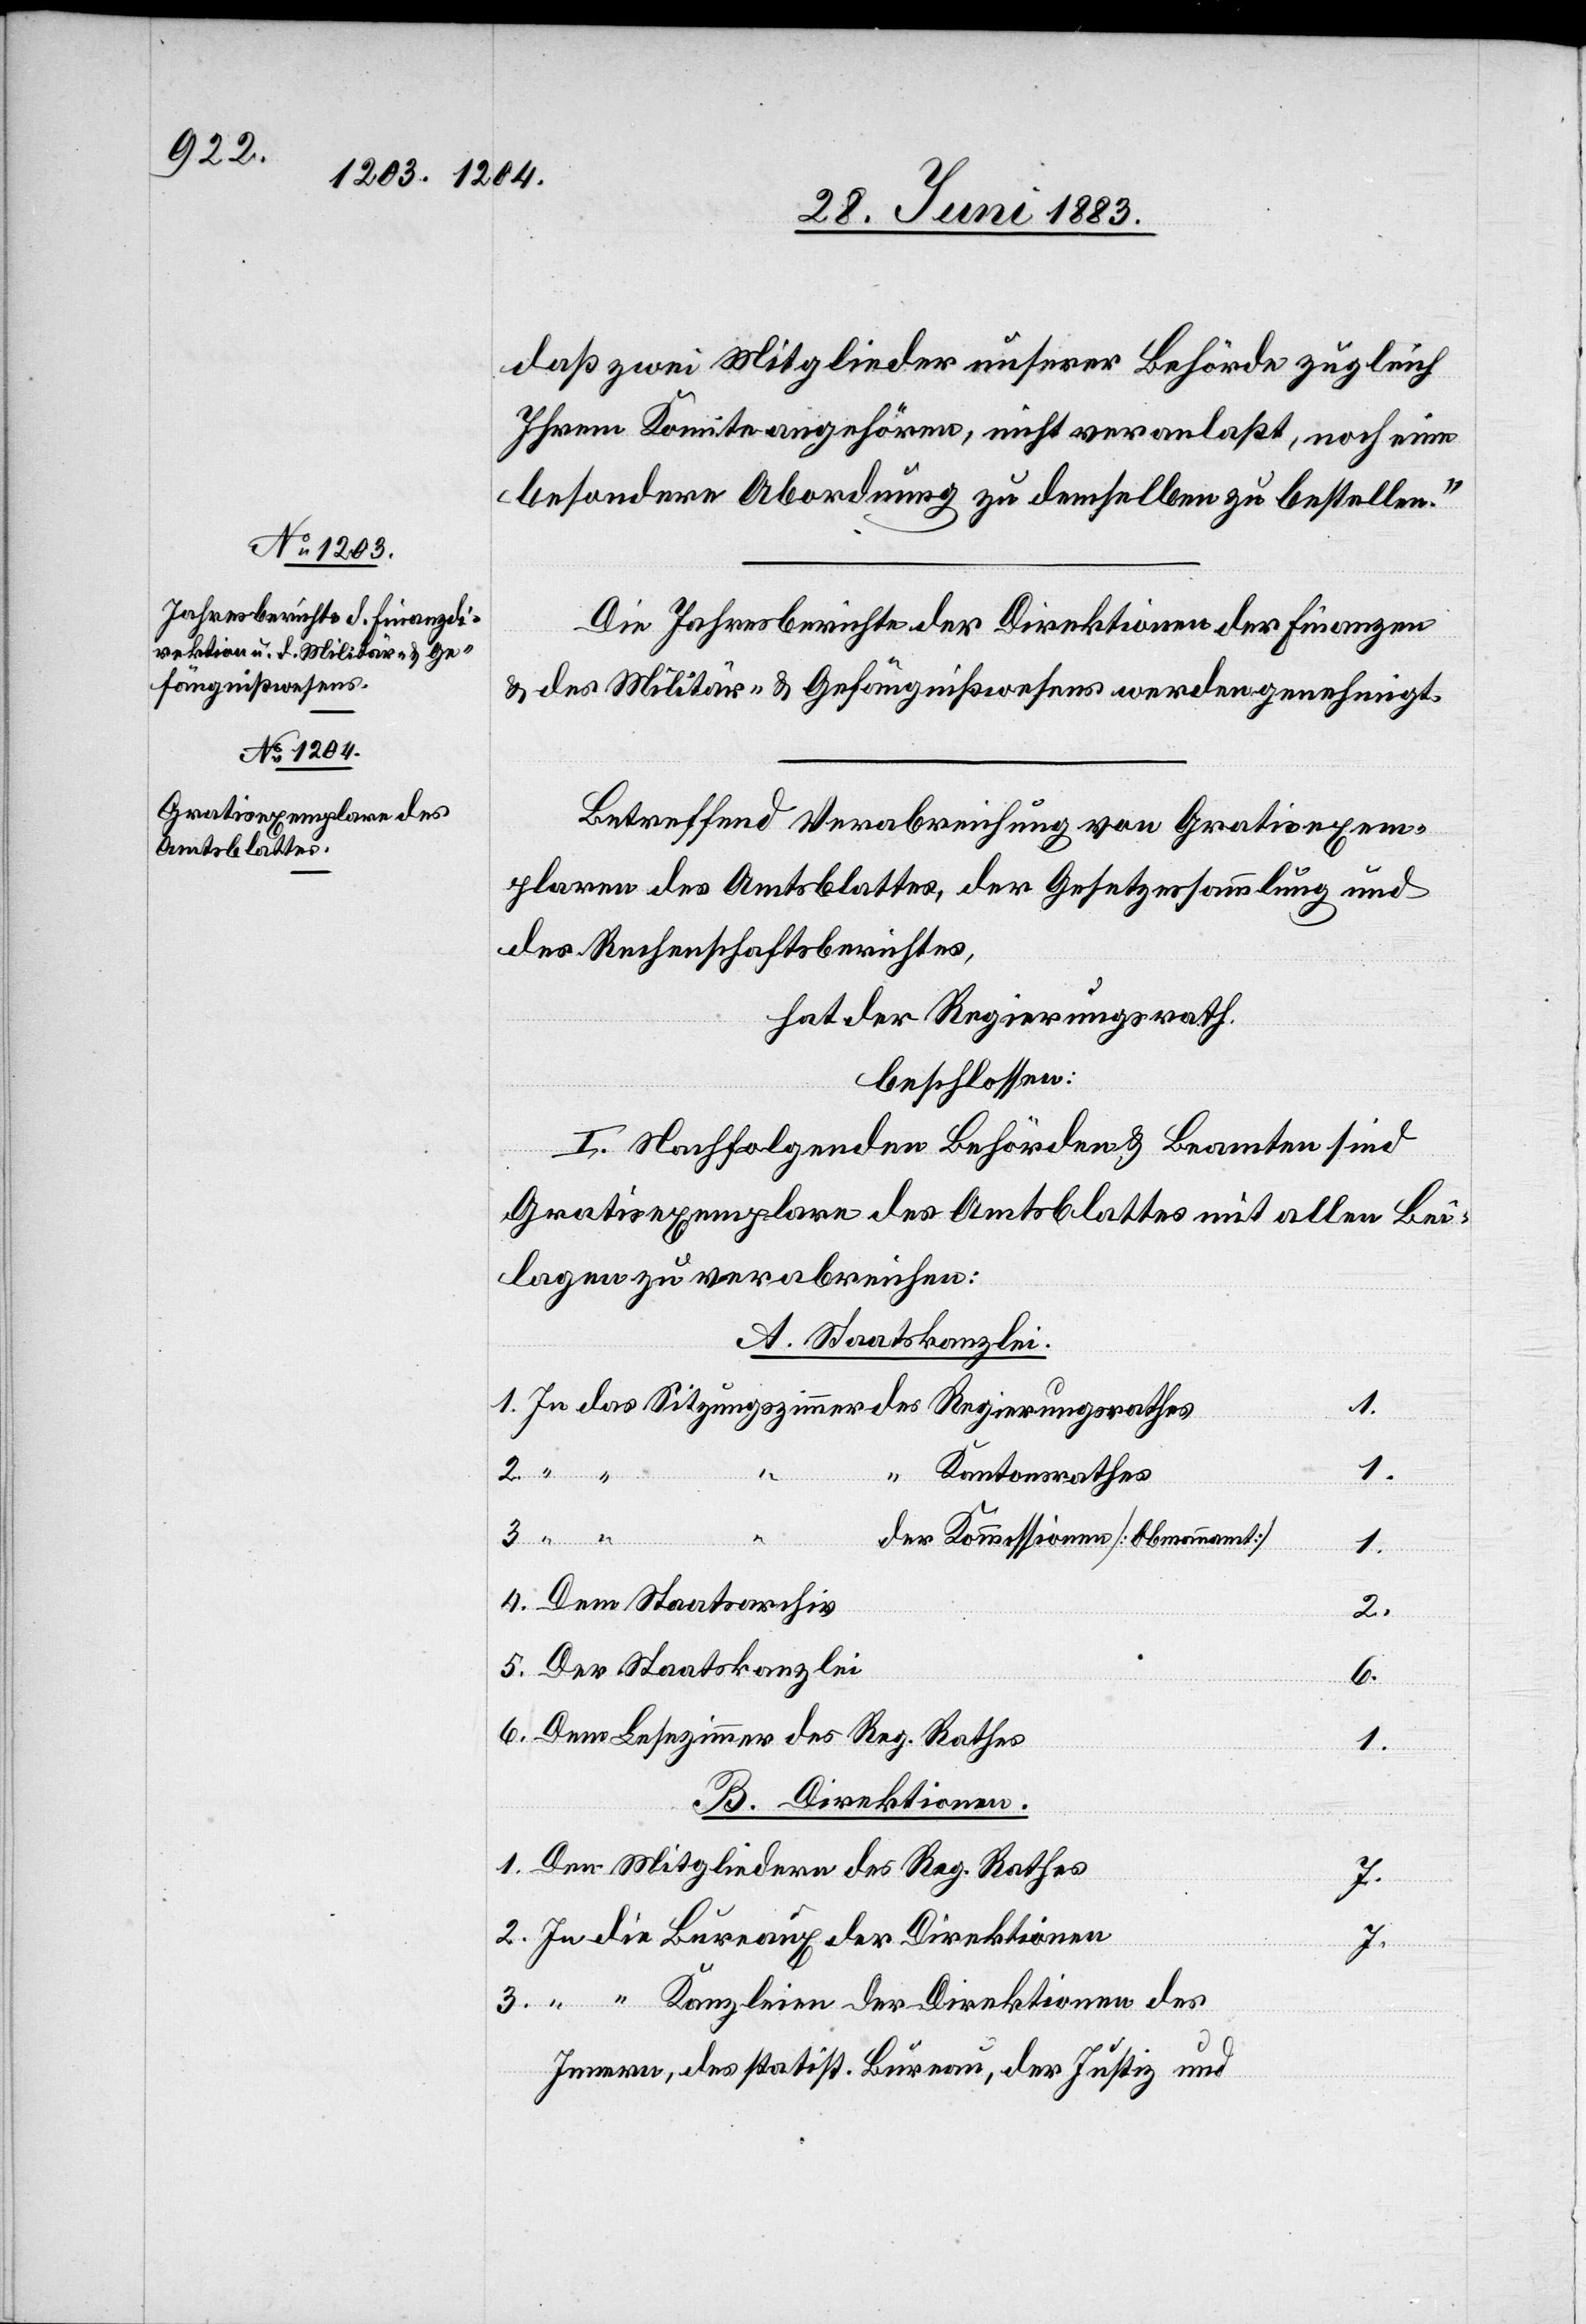
daß zwei Mitglieder unserer Behörde zugleich
Ihrem Komitee angehören, nicht veranlaßt, noch eine
besondere Abordnung zu demselben zu bestellen.“
Die Jahresberichte der Direktionen der Finanzen
& des Militär- & Gefängnißwesens werden genehmigt.
Betreffend Verabreichung von Gratisexem¬
plaren des Amtsblattes, der Gesetzessammlung und
des Rechenschaftsberichtes,
hat der Regierungsrath
beschlossen:
I. Nachfolgenden Behörden & Beamten sind
Gratisexemplare des Amtsblattes mit allen Bei¬
lagen zu verabreichen:
Der Staatskanzlei
1.
In das Sitzungszimmer des Regierungsrathes
1.
1.
Kantonsrathes
3.
“ “ “
der Kommissionen [Obmannamt]
4.
Dem Staatsarchiv
2.
6.
Dem Lesezimmer des Reg. Rathes
1.
B. Direktionen.
Den Mitgliedern des Reg. Rathes
2.
In die Bureaux der Direktionen
3.
“ “ Kanzleien der Direktionen des
5.
Innern, des statist. Bureau, der Justiz und